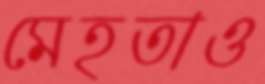
মেহতাও